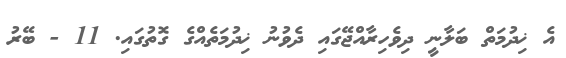
އެ ޚިދުމަތް ބަލާނީ ދިވެހިރާއްޖޭގައި ދެވުނު ޚިދުމަތެއްގެ ގޮތުގައި. 11 - ބޭރު